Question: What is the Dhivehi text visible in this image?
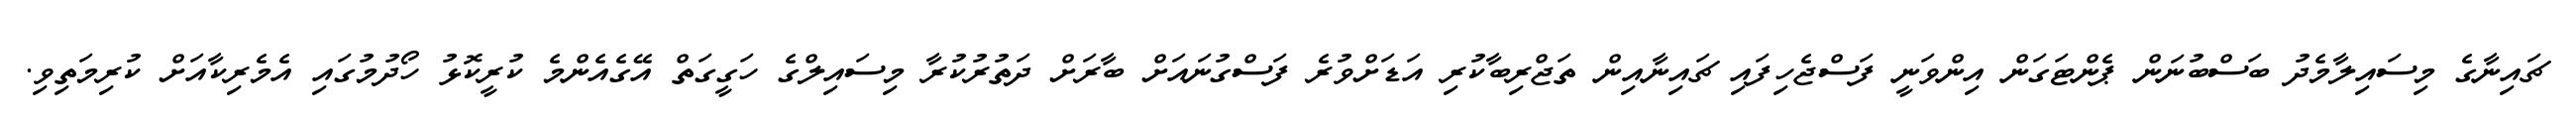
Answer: ޗައިނާގެ މިސައިލާމެދު ބަސްބުނަން ޕެންޓަގަން އިންވަނީ ފަސްޖެހިފައި ޗައިނާއިން ތަޖްރިބާކުރި އަޑަށްވުރެ ފަސްގުނައަށް ބާރަށް ދަތުރުކުރާ މިސައިލްގެ ހަގީގަތް އޭގެއެންމެ ކުރީކޮޅު ހޯދުމުގައި އެމެރިކާއަށް ކުރިމަތިވި.